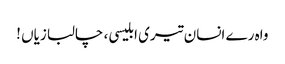
واہ رے انسان تیری ابلیسی ، چالبازیاں !